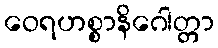
ဝေရဟစ္စာနိဂေါတ္တာ